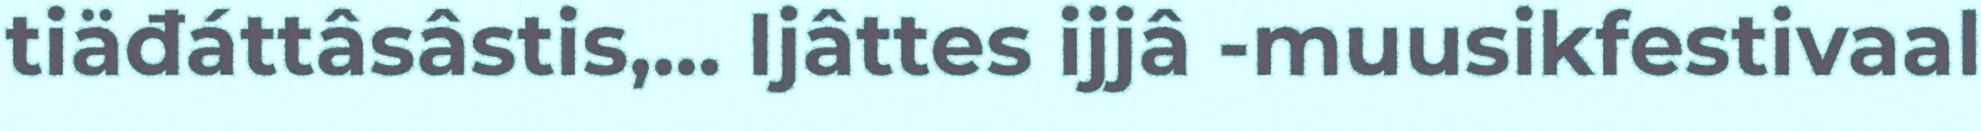
tiäđáttâsâstis,... Ijâttes ijjâ -muusikfestivaal